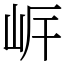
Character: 㟁